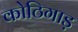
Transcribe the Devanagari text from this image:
कोठिगाड़